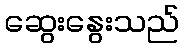
ဆွေးနွေးသည်